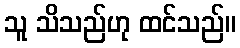
သူ သိသည်ဟု ထင်သည်။